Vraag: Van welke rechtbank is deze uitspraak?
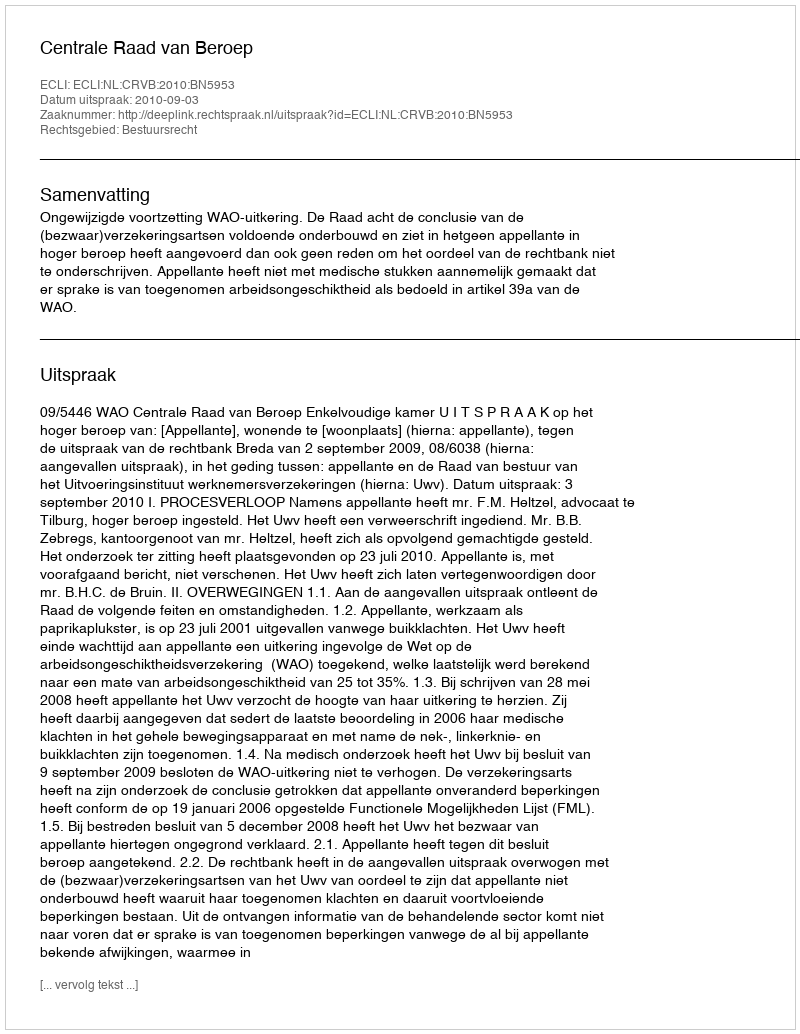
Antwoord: Centrale Raad van Beroep